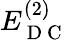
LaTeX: E_{\mathrm{~D~C~}}^{(2)}